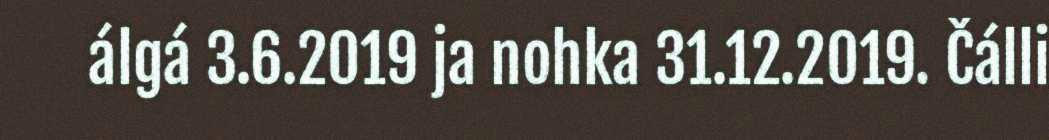
álgá 3.6.2019 ja nohka 31.12.2019. Čálli